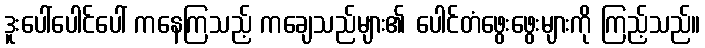
ဒူးပေါ်ပေါင်ပေါ် ကနေကြသည့် ကချေသည်များ၏ ပေါင်တံဖွေးဖွေးများကို ကြည့်သည်။